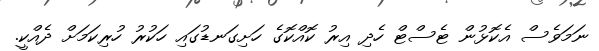
ނަމަވެސް އެކޮޅުން ޓެސްޓް ހެދި އިރު ކޮއްކޮގެ ހަށިގަނޑުގައި ހަކުރު ހުރިކަމަށް ދެއްކީ.